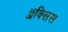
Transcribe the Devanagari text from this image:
ॲक्सिस